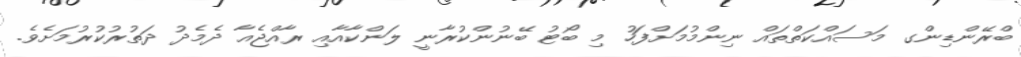
ބްރޭންޑިންގ މަސައްކަތްތައް ނިންމުމަށްފަހު މި ބޯޓު ބޭނުންކުރާނީ ލަންކާއާއި ރާއްޖެއާ ދެމެދު ދަތުރުކުރުމަށެވެ.